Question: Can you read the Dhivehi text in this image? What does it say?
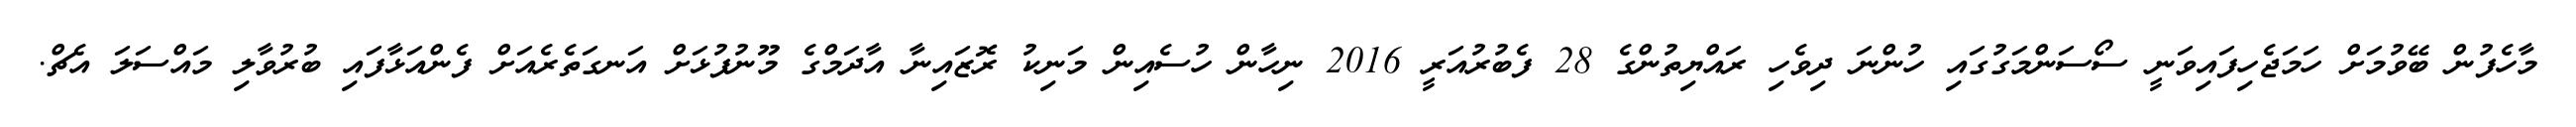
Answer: މާހެފުން ބޭވުމަށް ހަމަޖެހިފައިވަނީ ސޯސަންމަގުގައި ހުންނަ ދިވެހި ރައްޔިތުންގެ 28 ފެބުރުއަރީ 2016 ނިހާން ހުސެއިން މަނިކު ރޮޒައިނާ އާދަމްގެ މޫނުފުޅަށް އަނގަތެރެއަށް ފެންއަޅާފައި ބުރުވާލި މައްސަލަ އެޗް.